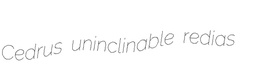
Cedrus uninclinable redias